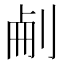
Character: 𠜐